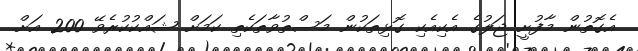
އެގޮތުން މާފުށީ ޖަލުގެ އެކިއެކި ގޮޅިތަކުން މަސްތުވާތަކެތި ކަމަށް ޝައްކުކުރެވޭ 200 އަށް